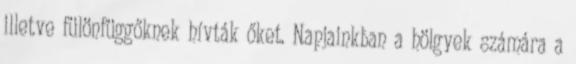
illetve fülönfüggőknek hívták őket. Napjainkban a hölgyek számára a